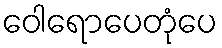
ဝေါရောပေတုံပေ